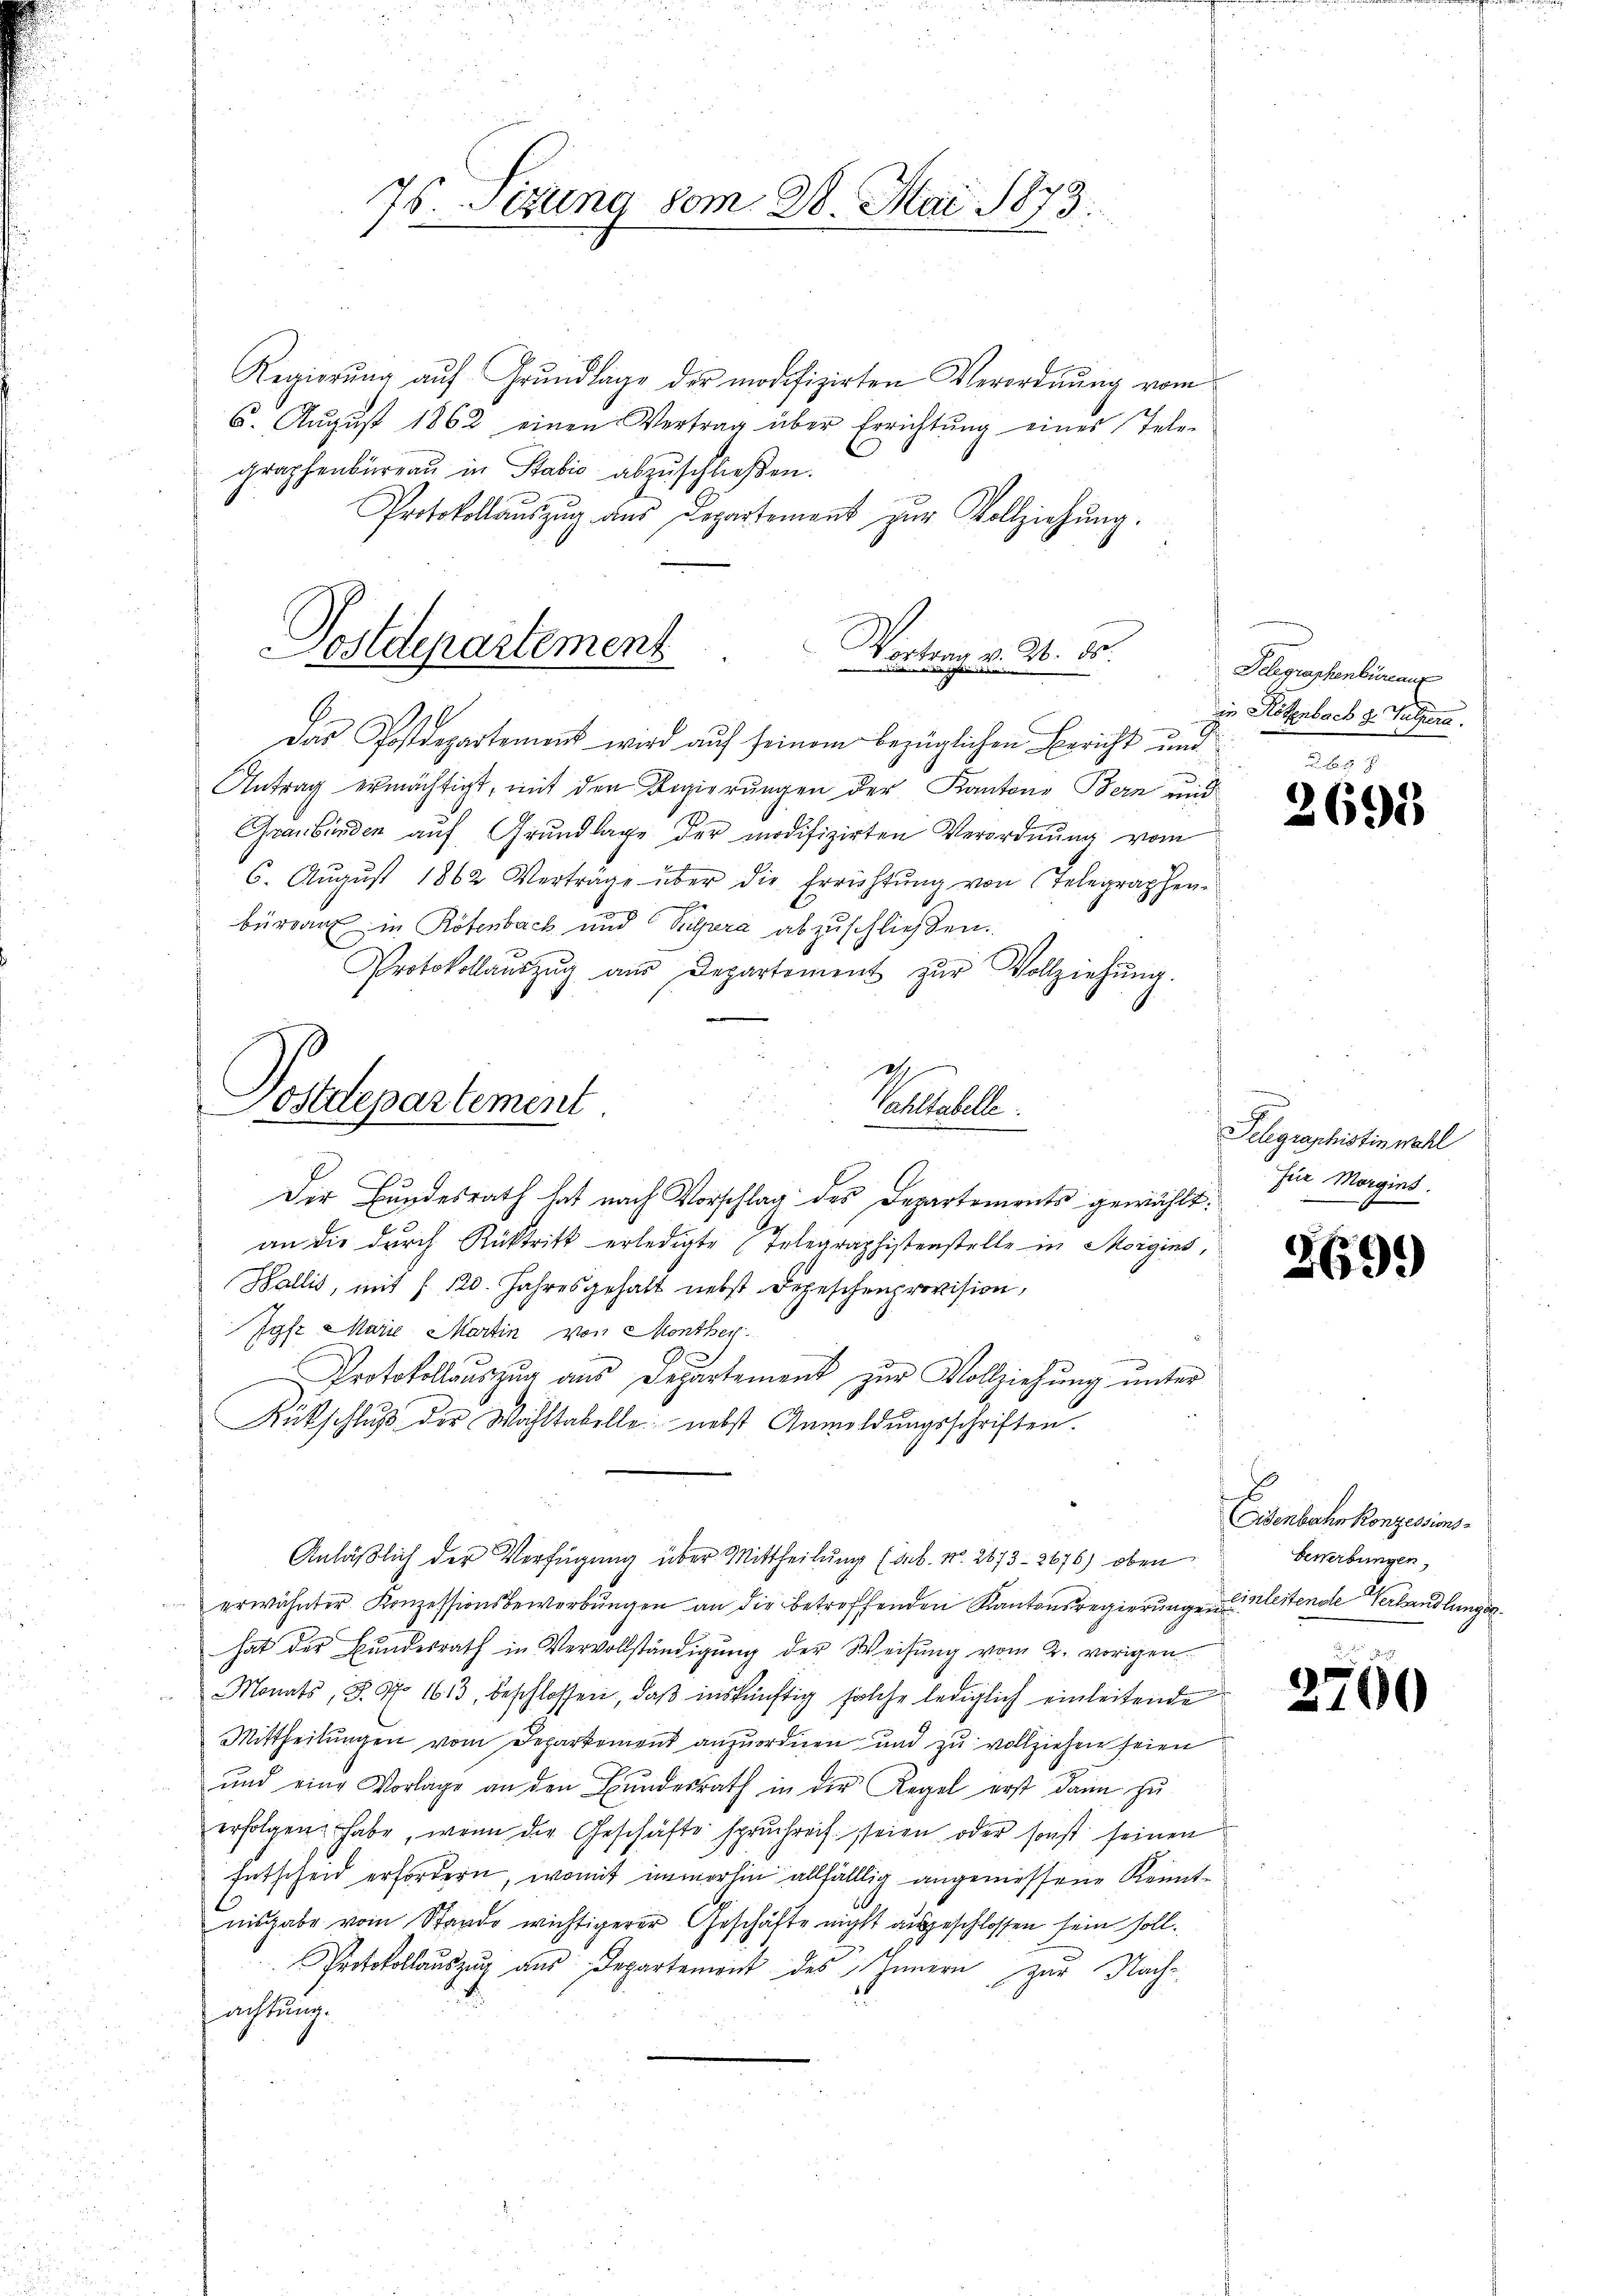
Regierŭng aŭf Grŭndlage der modifizirten Verordnŭng vom
6. Aŭgŭst 1862 einen Vertrag über Errichtŭng eines Tele-
graphenbureau in Stabić abzuschließen.
Protokollaŭszŭg ans Departement zŭr Vollziehŭng.
Vortrag v. M. ds.
E
Das Postdepartement wird auf seinem bezüglichen Bericht und bes
Antrag ermächtigt, mit den Regierungen der Kantone Bern und
Graubünden auf Grundlage der modifizirten Verordnung vom
6. Aŭgŭst 1862 Verträge über die Errichtŭng von Telegraphen-
büreau in Rötenbach und Pilara abzuschließen.
Protokollaŭszŭg aŭs Departement zŭr Vollziehŭng.
2
Vahltabelle:
Der Bundesrath hat nach Vorschlag des Departements gewählt.
an die durch Rücktritt erledigte Telegraphistenstelle in Morgins,
Wallis, mit § 120. Jahresgehalt nebst Depeschenprovision,
Jyfe Marie Martin von Monther
Protokollauszug aus Departement zur Vollziehung unter
Rückschluß der Wohltabelle nebst Anmeldŭngsschriften.
d
Anläßlich der Verfügung über Mittheilung (sub. N. 263. 2676) oben
erwähnter Konzessionsbewerbungen an die betreffenden Kantonsregierungen leitende Verhandlungen
hat der Bŭndesrath in Vervollständigŭng der Weisŭng vom 2. vorigen
Monats, S. No 1613, beschlossen, daß inskünftig solche lediglich einleitende
Mittheilungen vom Departement anzuordnen und zu vollziehen seien
und eine Vorlage an den Bŭndesrath in der Regel erst dann zu
erfolgen habe, wenn die Geschäfte spruchreif seien oder sonst seinen
Entscheid erfordern, womit immerhin allfälllig angeniessene Kenntnisgabe vom Stande wichtigerer Geschäfte nicht ausgeschlossen sein soll.
Protokollauszug aus Departement des Innern zur Nach-
achtung.

Postdepartement

Postdepartement.

76. Sitzung 80m 20. Mai 1873.

Delegraphenbüreaus
in Röthenbach d. Sulzera.

2695

Telegraphistin wahl
für Morgins.

2699)

Disenbahn Konzessions-
bewerbungen,

2760